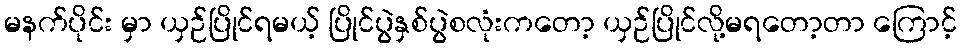
မနက်ပိုင်း မှာ ယှဉ်ပြိုင်ရမယ့် ပြိုင်ပွဲနှစ်ပွဲစလုံးကတော့ ယှဉ်ပြိုင်လို့မရတော့တာ ကြောင့်